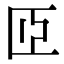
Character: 𦣝